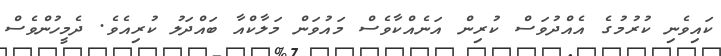
ކައިވެނި ކުރުމުގެ އެއްދުވަސް ކުރިން އަނެއްކާވެސް މައުވަން މަލާކްއާ ބައްދަލު ކުރިއެވެ. ދެމީހުންވެސް